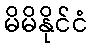
မိမိနိုင်ငံ